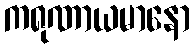
ကရုဏာယမာနော